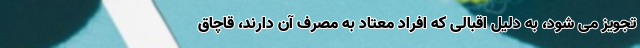
تجویز می شود، به دلیل اقبالی که افراد معتاد به مصرف آن دارند، قاچاق